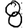
Digit: 8